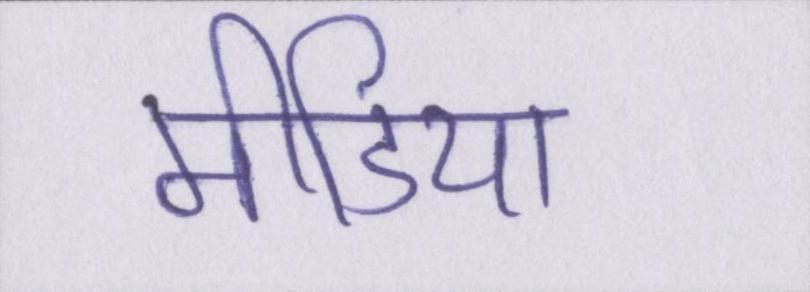
मीडिया